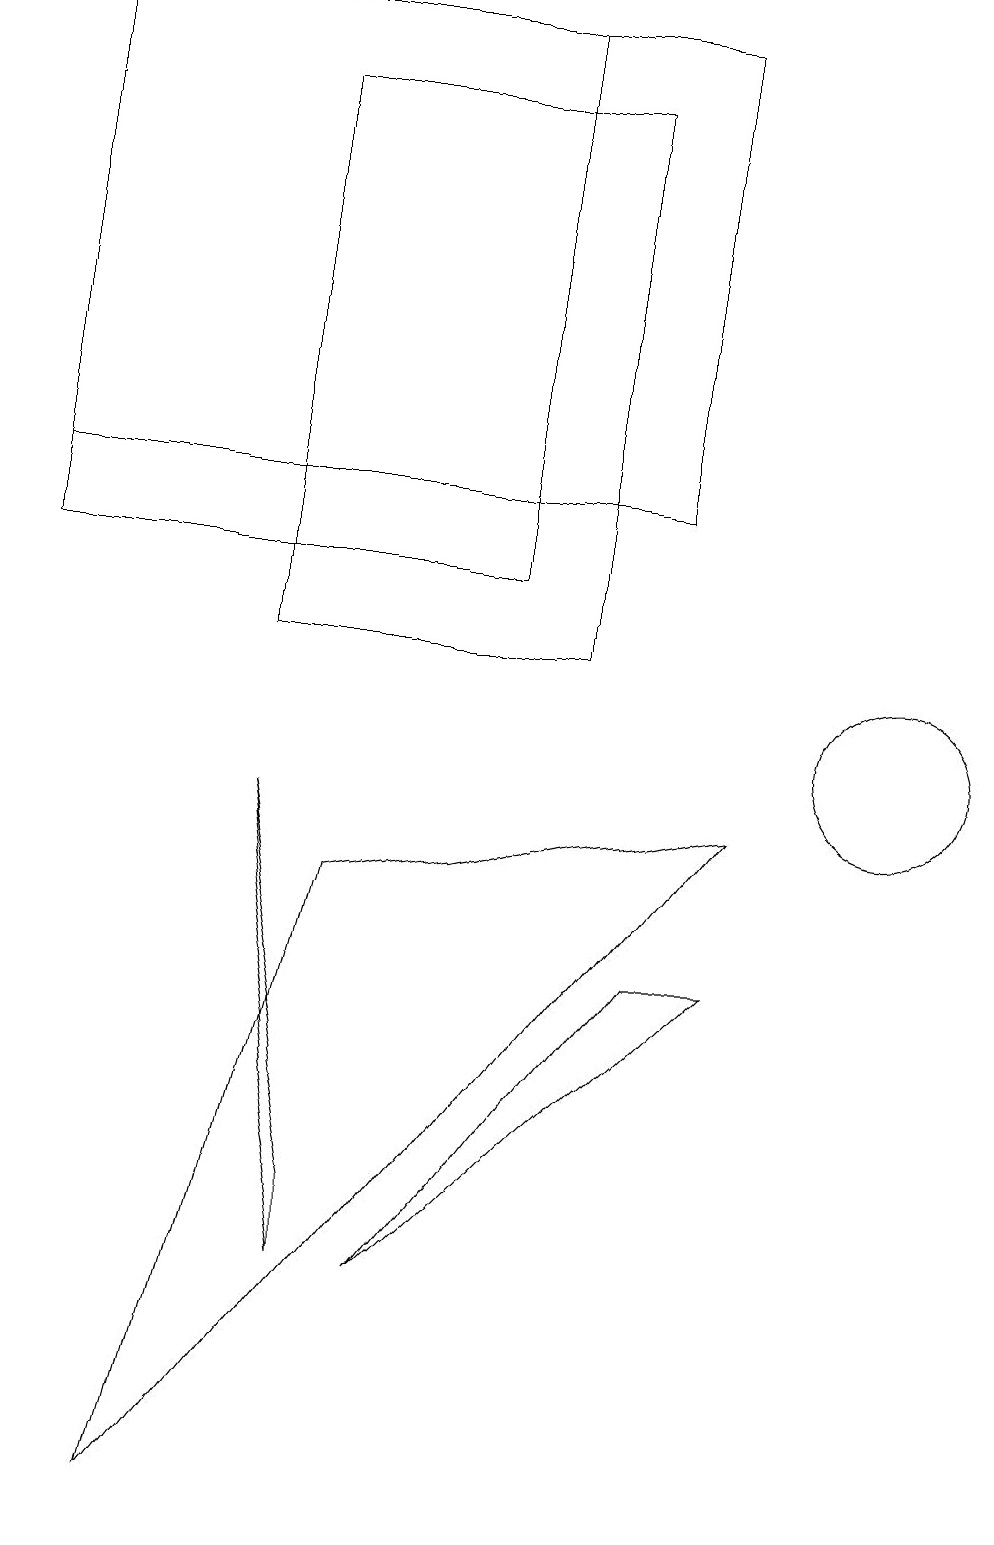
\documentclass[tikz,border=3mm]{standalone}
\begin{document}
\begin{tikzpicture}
\draw (3,11) rectangle (7,18);
\draw (3,9) -- (4,4) -- (4,3) -- cycle;
\draw (6,19) rectangle (0,12);
\draw (9,9) -- (4,8) -- (2,0) -- cycle;
\draw (8,7) -- (9,7) -- (5,3) -- cycle;
\draw (0,19) rectangle (8,13);
\draw (11,10) circle (1);
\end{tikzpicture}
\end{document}